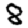
Digit: 8